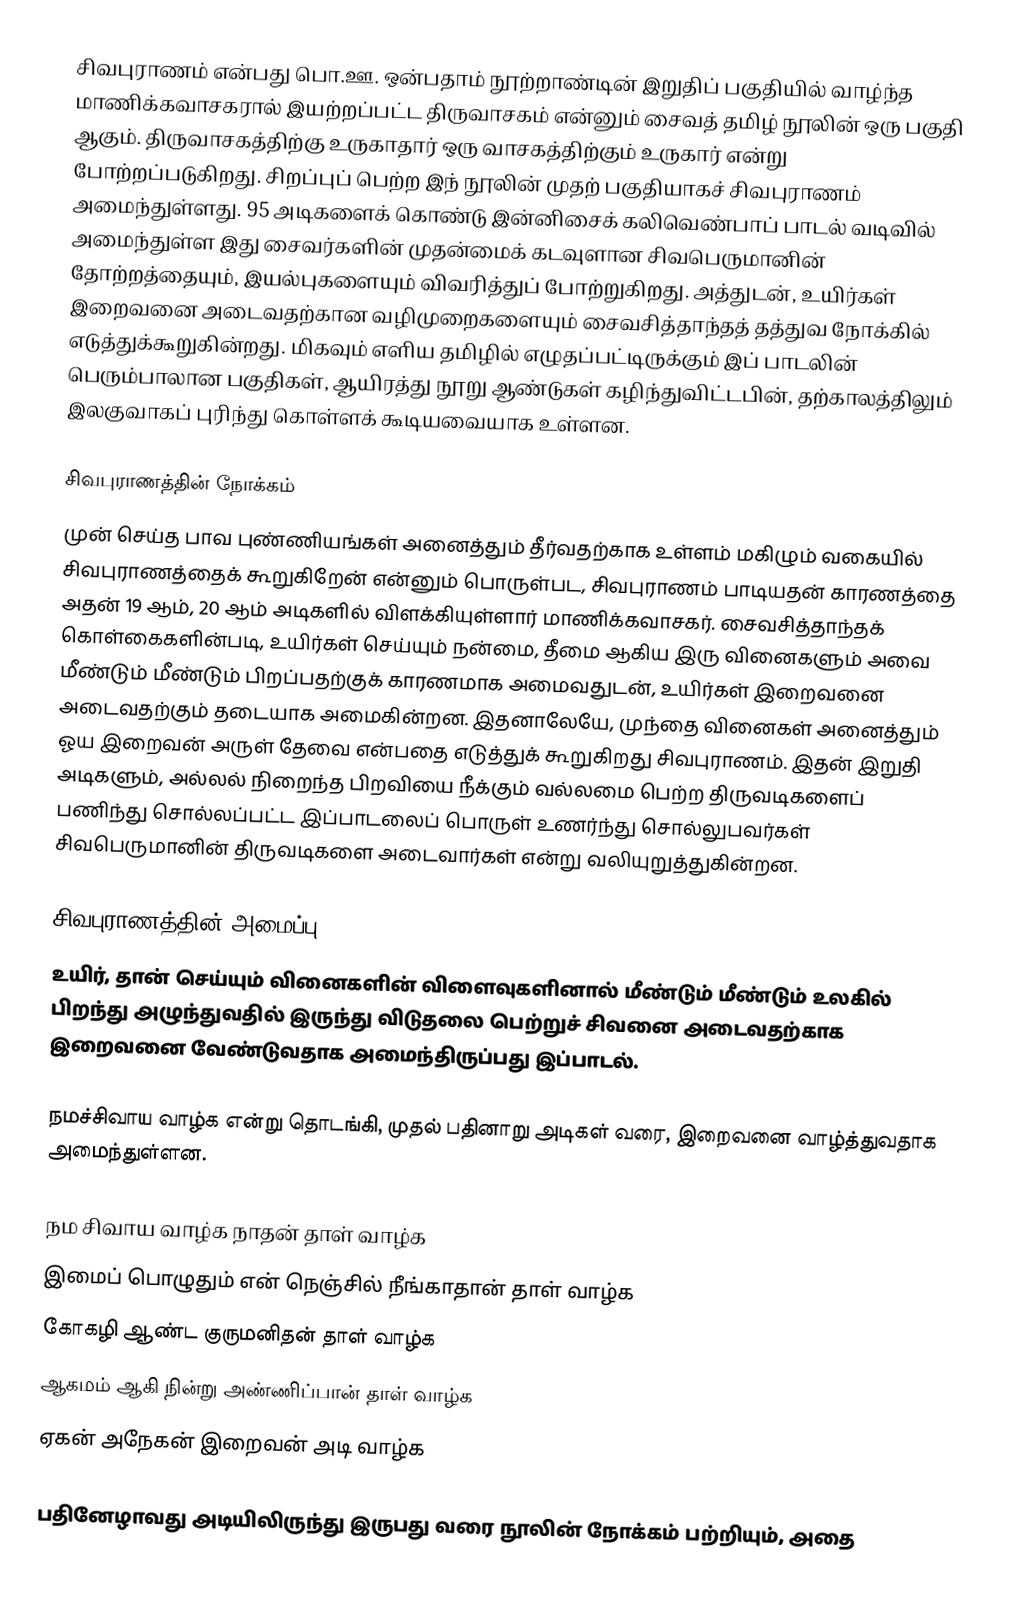
சிவபுராணம் என்பது பொ.ஊ. ஒன்பதாம் நூற்றாண்டின் இறுதிப் பகுதியில் வாழ்ந்த மாணிக்கவாசகரால் இயற்றப்பட்ட திருவாசகம் என்னும் சைவத் தமிழ் நூலின் ஒரு பகுதி ஆகும். திருவாசகத்திற்கு உருகாதார் ஒரு வாசகத்திற்கும் உருகார் என்று போற்றப்படுகிறது. சிறப்புப் பெற்ற இந் நூலின் முதற் பகுதியாகச் சிவபுராணம் அமைந்துள்ளது. 95 அடிகளைக் கொண்டு இன்னிசைக் கலிவெண்பாப் பாடல் வடிவில் அமைந்துள்ள இது சைவர்களின் முதன்மைக் கடவுளான சிவபெருமானின் தோற்றத்தையும், இயல்புகளையும் விவரித்துப் போற்றுகிறது. அத்துடன், உயிர்கள் இறைவனை அடைவதற்கான வழிமுறைகளையும் சைவசித்தாந்தத் தத்துவ நோக்கில் எடுத்துக்கூறுகின்றது. மிகவும் எளிய தமிழில் எழுதப்பட்டிருக்கும் இப் பாடலின் பெரும்பாலான பகுதிகள், ஆயிரத்து நூறு ஆண்டுகள் கழிந்துவிட்டபின், தற்காலத்திலும் இலகுவாகப் புரிந்து கொள்ளக் கூடியவையாக உள்ளன.

சிவபுராணத்தின் நோக்கம்
முன் செய்த பாவ புண்ணியங்கள் அனைத்தும் தீர்வதற்காக உள்ளம் மகிழும் வகையில் சிவபுராணத்தைக் கூறுகிறேன் என்னும் பொருள்பட, சிவபுராணம் பாடியதன் காரணத்தை அதன் 19 ஆம், 20 ஆம் அடிகளில் விளக்கியுள்ளார் மாணிக்கவாசகர். சைவசித்தாந்தக் கொள்கைகளின்படி, உயிர்கள் செய்யும் நன்மை, தீமை ஆகிய இரு வினைகளும் அவை மீண்டும் மீண்டும் பிறப்பதற்குக் காரணமாக அமைவதுடன், உயிர்கள் இறைவனை அடைவதற்கும் தடையாக அமைகின்றன. இதனாலேயே, முந்தை வினைகள் அனைத்தும் ஓய இறைவன் அருள் தேவை என்பதை எடுத்துக் கூறுகிறது சிவபுராணம். இதன் இறுதி அடிகளும், அல்லல் நிறைந்த பிறவியை நீக்கும் வல்லமை பெற்ற திருவடிகளைப் பணிந்து சொல்லப்பட்ட இப்பாடலைப் பொருள் உணர்ந்து சொல்லுபவர்கள் சிவபெருமானின் திருவடிகளை அடைவார்கள் என்று வலியுறுத்துகின்றன.

சிவபுராணத்தின் அமைப்பு
உயிர், தான் செய்யும் வினைகளின் விளைவுகளினால் மீண்டும் மீண்டும் உலகில் பிறந்து அழுந்துவதில் இருந்து விடுதலை பெற்றுச் சிவனை அடைவதற்காக இறைவனை வேண்டுவதாக அமைந்திருப்பது இப்பாடல்.

 நமச்சிவாய வாழ்க என்று தொடங்கி, முதல் பதினாறு அடிகள் வரை, இறைவனை வாழ்த்துவதாக அமைந்துள்ளன.

நம சிவாய வாழ்க நாதன் தாள் வாழ்க
இமைப் பொழுதும் என் நெஞ்சில் நீங்காதான் தாள் வாழ்க
கோகழி ஆண்ட குருமனிதன் தாள் வாழ்க
ஆகமம் ஆகி நின்று அண்ணிப்பான் தாள் வாழ்க
ஏகன் அநேகன் இறைவன் அடி வாழ்க

 பதினேழாவது அடியிலிருந்து இருபது வரை நூலின் நோக்கம் பற்றியும், அதை